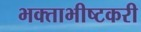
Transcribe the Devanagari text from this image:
भक्ताभीष्टकरी